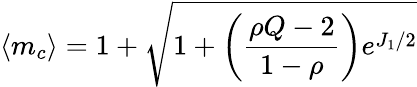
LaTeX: \langle m_{c}\rangle=1+\sqrt{1+\left(\frac{\rho Q-2}{1-\rho}\right)e^{J_{1}/2}}